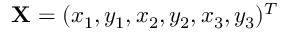
\mathbf { X } = ( x _ { 1 } , y _ { 1 } , x _ { 2 } , y _ { 2 } , x _ { 3 } , y _ { 3 } ) ^ { T }